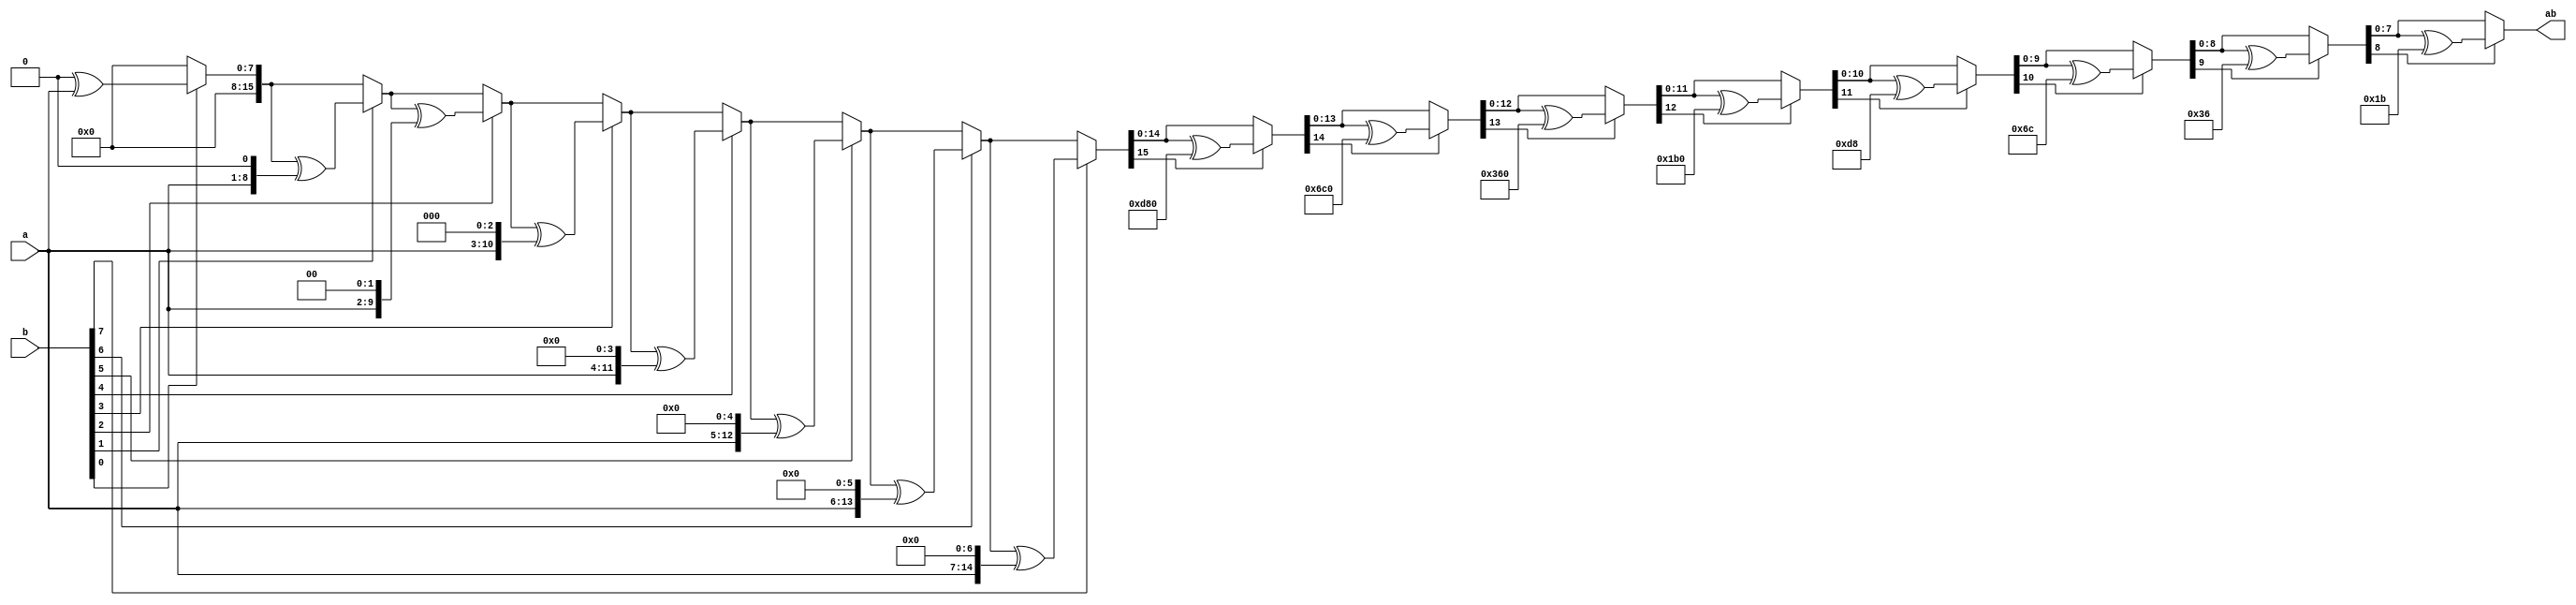
module PolyMult(
    input [7:0] a,
    input [7:0] b,
    output reg [7:0] ab
);

    // ???????? (x^8 + x^4 + x^3 + x + 1)
    parameter MOD_POL = 9'b1_0001_1011;
    
    reg [15:0] p;
    integer i;

    always @(a, b) begin
        ab = 8'b0;
        p = 0;

        // ?????
        for (i = 0; i < 8; i = i + 1) begin
            if (b[i]) begin
                p = p ^ (a << i);
            end
        end

        // ?2?? (???????)
        for (i = 15; i >= 8; i = i - 1) begin
            if (p[i]) begin
                p = p ^ (MOD_POL << (i - 8));
            end
        end

        ab = p[7:0];
    end
endmodule